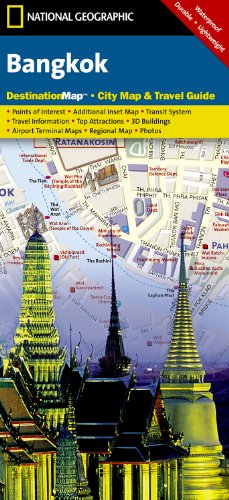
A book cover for Bangkok (National Geographic Destination City Map); National Geographic Maps; Travel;